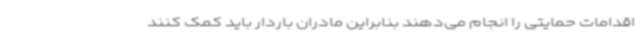
اقدامات حمایتی را انجام می‌دهند بنابراین مادران باردار باید کمک کنند